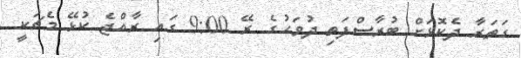
ގަތަރާ ދެކޮޅަށް ބުރާސްފަތި ދުވަހުގެ ރޭ 9:00 ގައި ރާއްޖެ ކުޅޭ މެޗަކީ